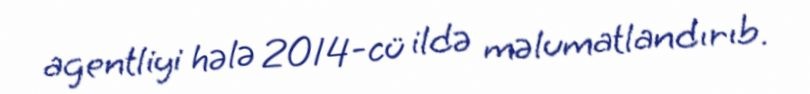
agentliyi hələ 2014-cü ildə məlumatlandırıb.